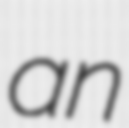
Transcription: an